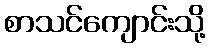
စာသင်ကျောင်းသို့